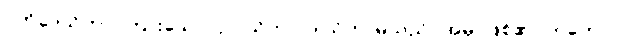
ပတိဒေသိတာ၊ ကြားသော။ ဥပါသိကာ၊ ဒါယိကာမသည်။ အမှိ၊ ဖြစ်၏။ တတော၊